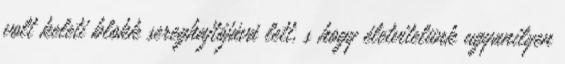
volt keleti blokk sereghajtójává lett, s hogy életvitelünk ugyanilyen